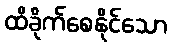
ထိခိုက်စေနိုင်သော